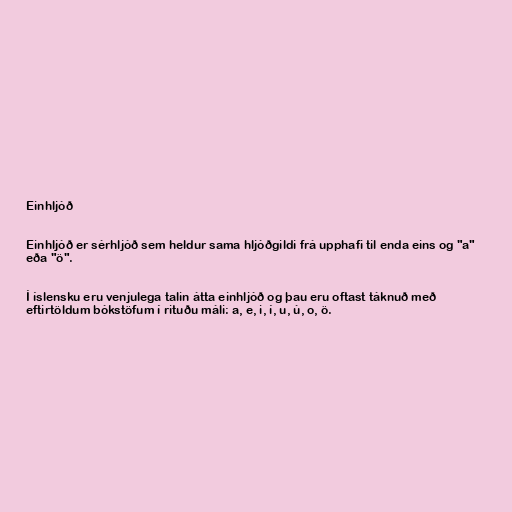
Einhljóð

Einhljóð er sérhljóð sem heldur sama hljóðgildi frá upphafi til enda eins og "a"
eða "ö".

Í íslensku eru venjulega talin átta einhljóð og þau eru oftast táknuð með
eftirtöldum bókstöfum í rituðu máli: a, e, i, í, u, ú, o, ö.